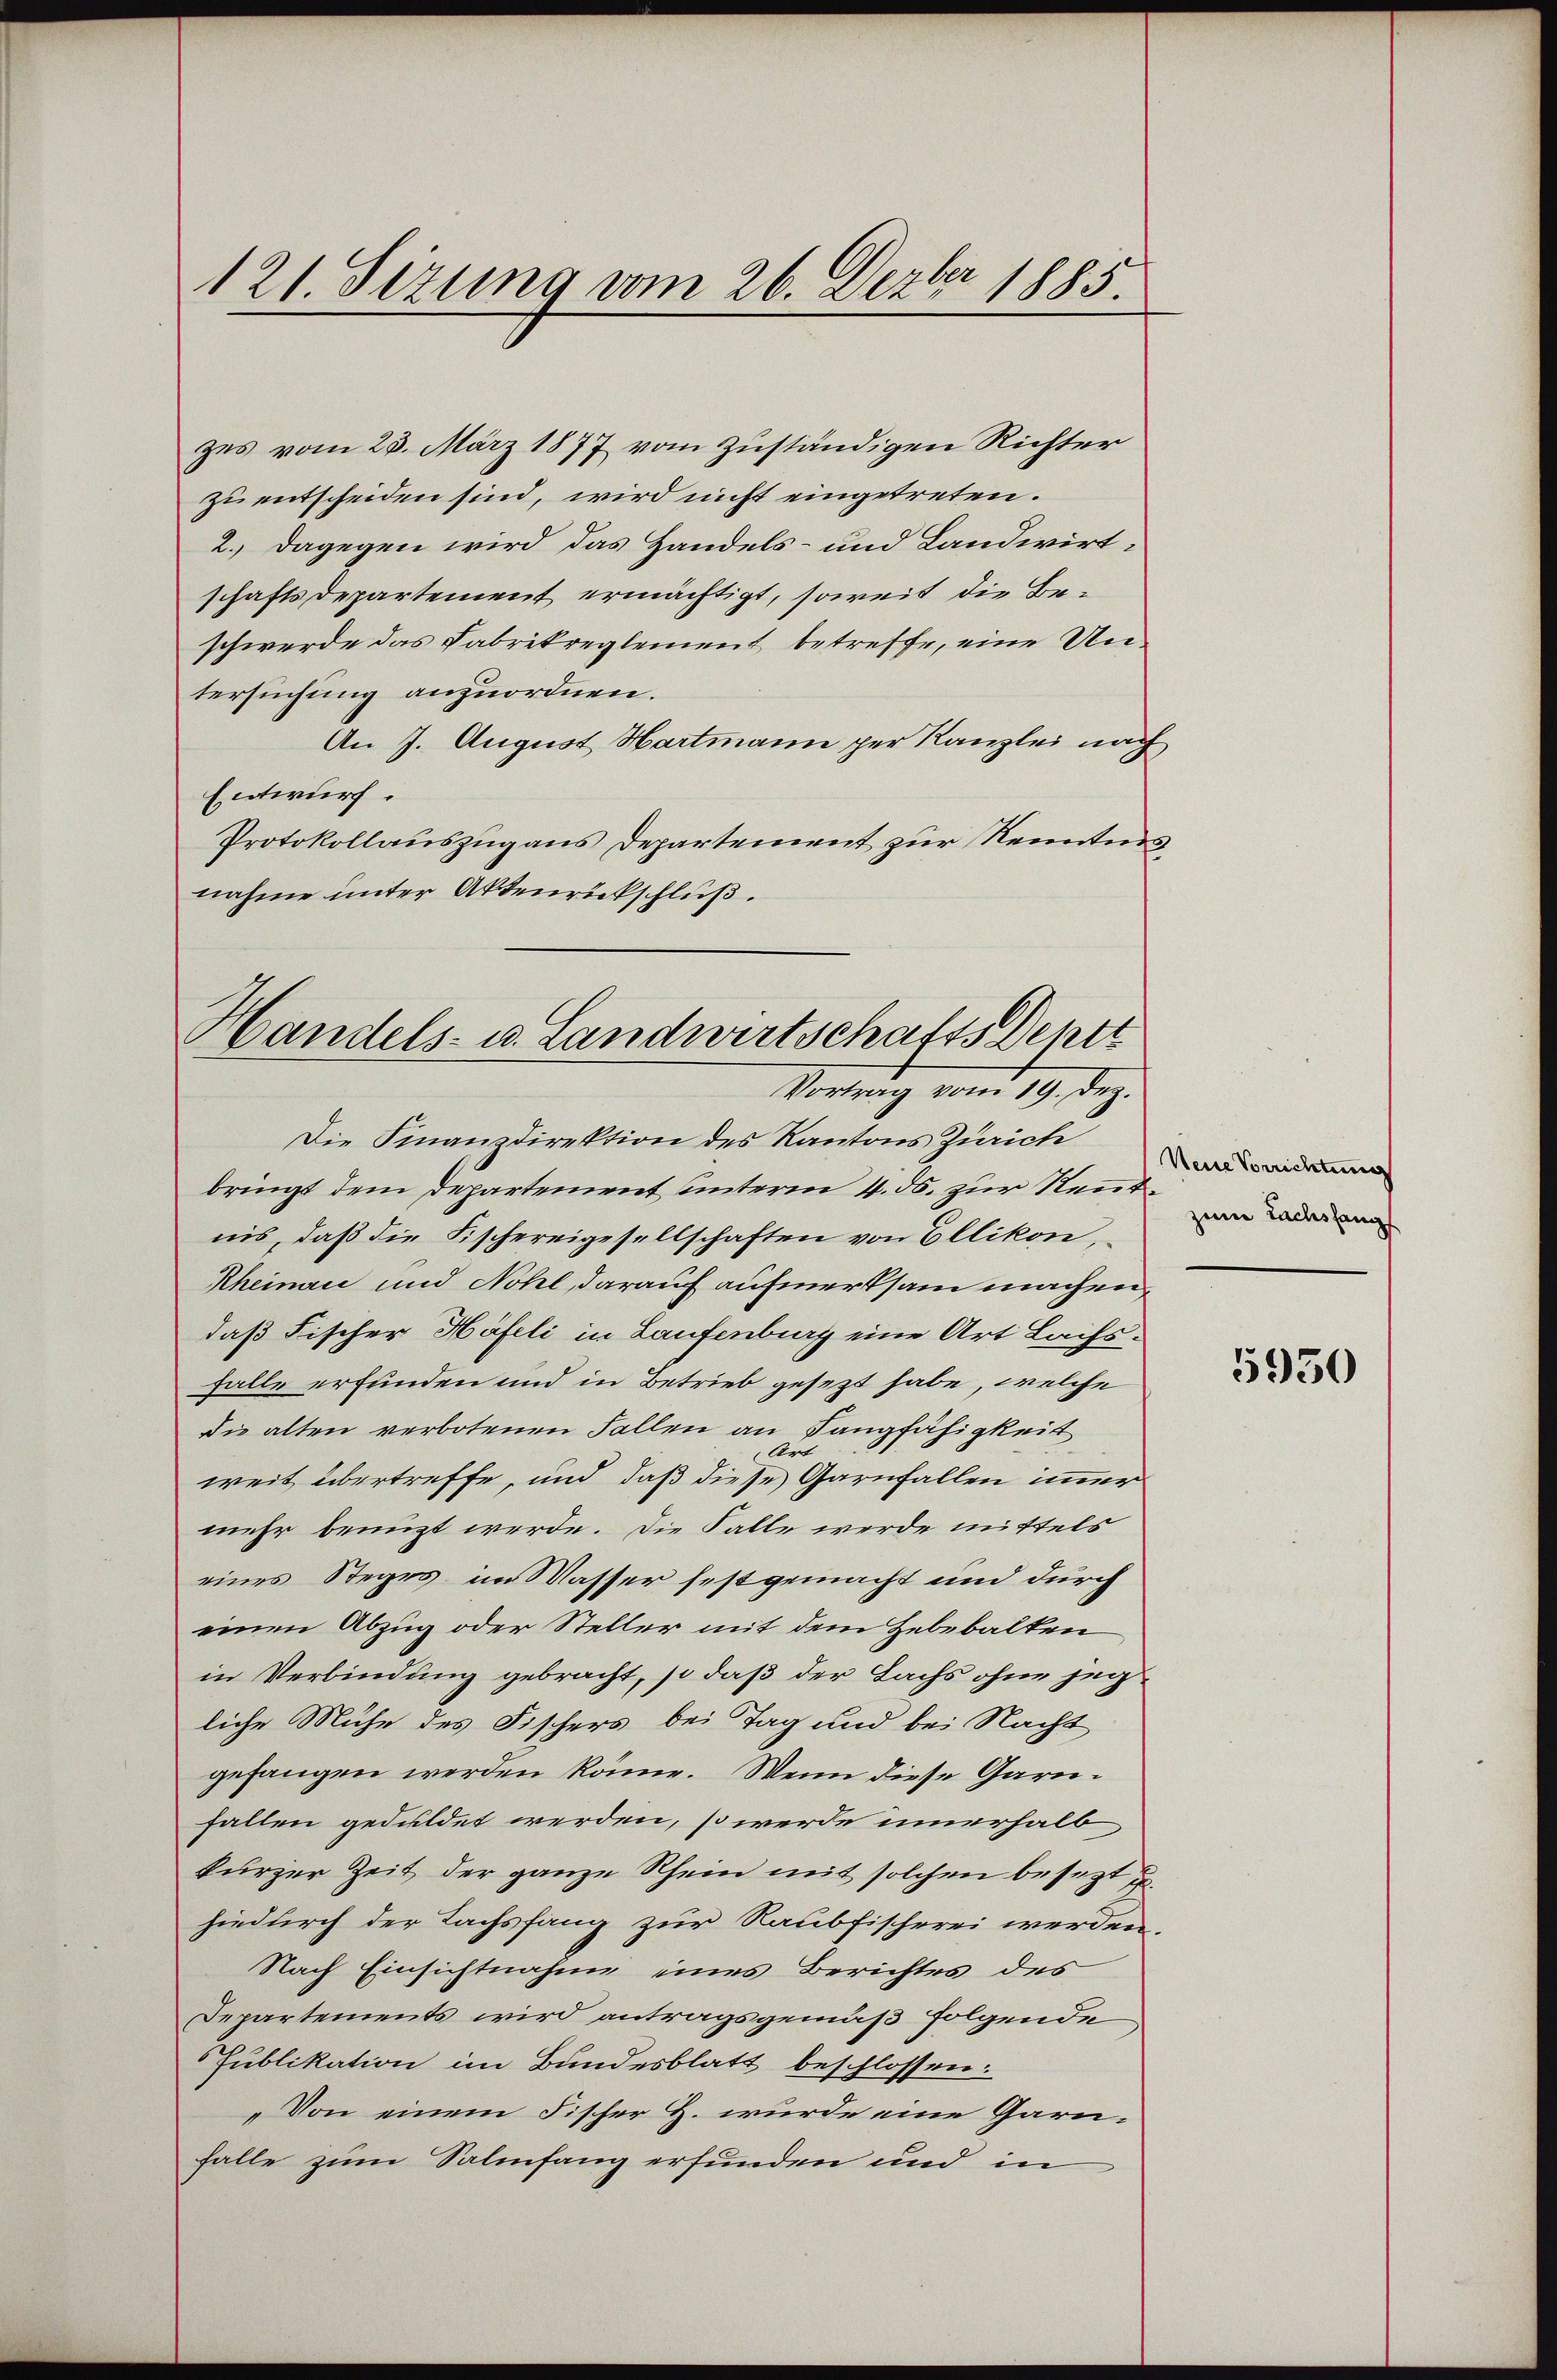
121. Sizung vom 26. Dezbr 1885.

zes vom 25. März 1877 vom zuständigen Richter
zu entscheiden sind, wird nicht eingetreten.
2. Dagegen wird das Handels- und Landwirtschaftsdepartement ermächtigt, soweit die Beschwerde das Fabrikreglement betreffe, eine Untersuchung anzuordnen.
An J. August Hartmann per Kanzlei nach
Entwurf.
Protokollauszug aus Departement zur Kenntnisnahme unter Aktenrückschluß.

Handels- u. Landwirtschafts Dentz
Vortrag vom 19. Dez.

Die Finanzdirektion des Kantons Zürich
bringt dem Departement unterm 4. ds. zur Rentnis, daß die Fischereigesellschaften von Ellikon,
Rheinau und Nohl, darauf aufmerksam machen,
daß Fischer Häfeli in Laufenburg eine Art Lachsfalle erfunden und in Betrieb gesezt habe, welche
die alten verbotenen Fallen an Langfähigkeit
weit übertreffe, und daß diese Garnfallen immer
mehr benuzt werde. Die Falle werde mittels
eines Steges im Wasser festgemacht und durch
einen Abzug oder Steller mit dem Hebebalken
in Verbindung gebracht, so daß der Lachs ohne jegliche Mühe des Fischers bei Tag und bei Nacht
gefangen werden könne. Wenn diese Garnfallen geduldet werden, so werde innerhalb
kurzer Zeit der ganze Schein mit solchen besetzt u.
hiedurch der Tachsfang zur Raubfischerei werden.
Nach Einsichtnahme eines Berichtes des
Departements wird antragsgemäß folgende
Publikation im Bundesblatt beschlossen:
„Von einem Fischer Z. wurde eine Garnfalle zum Salinfang erfunden und in

Neue Vorrichtung
zene Lachsfang

5950